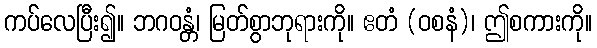
ကပ်လေပြီး၍။ ဘဂဝန္တံ၊ မြတ်စွာဘုရားကို။ ဧတံ (ဝစနံ)၊ ဤစကားကို။